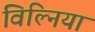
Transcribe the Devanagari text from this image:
विल्निया